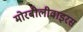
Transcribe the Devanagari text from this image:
मोरबीलीवाइरस